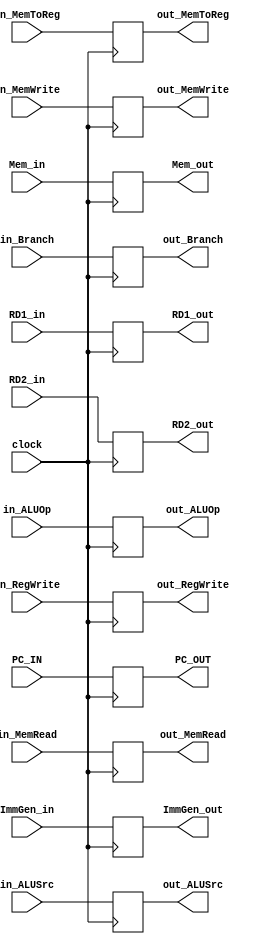
`timescale 1ns / 1ps
//////////////////////////////////////////////////////////////////////////////////
// Company: 
// Engineer: 
// 
// Design Name: 
// Module Name: DecodeExecute_Reg
// Project Name: 
// Target Devices: 
// Tool Versions: 
// Description: 
// 
// Dependencies: 
// 
// Revision:
// Revision 0.01 - File Created
// Additional Comments:
// 
//////////////////////////////////////////////////////////////////////////////////


module DecodeExecute_Reg(
    input wire clock,
    input wire [31:0] PC_IN, RD1_in, RD2_in, ImmGen_in, Mem_in,
    input wire [1:0] in_ALUOp,
    input wire in_ALUSrc, in_Branch, in_MemRead, in_MemWrite, in_MemToReg, in_RegWrite,
    
    output reg [31:0] PC_OUT, RD1_out, RD2_out, ImmGen_out, Mem_out,
    output reg [1:0] out_ALUOp,
    output reg out_ALUSrc, out_Branch, out_MemRead, out_MemWrite, out_MemToReg, out_RegWrite
    );
    
    always@(posedge clock) begin
        PC_OUT = PC_IN;
        RD1_out = RD1_in;
        RD2_out = RD2_in;
        ImmGen_out = ImmGen_in;          
        Mem_out = Mem_in;
        
        out_ALUSrc = in_ALUSrc;
        out_Branch = in_Branch;
        out_MemRead = in_MemRead;
        out_MemWrite = in_MemWrite;
        out_MemToReg = in_MemToReg;
        out_RegWrite = in_RegWrite;
        out_ALUOp = in_ALUOp;
    end
endmodule